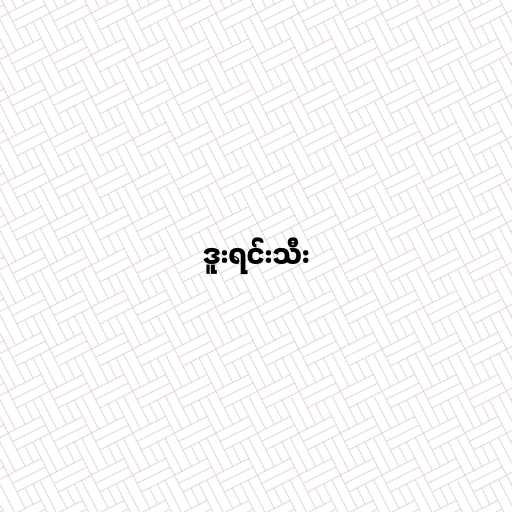
ဒူးရင်းသီး